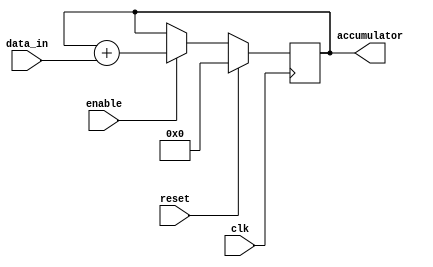
module accumulator (
    input wire clk,
    input wire reset,
    input wire enable,
    input wire [7:0] data_in,
    output reg [15:0] accumulator
);

always @(posedge clk) begin
    if (reset) begin
        accumulator <= 16'd0;
    end else if (enable) begin
        accumulator <= accumulator + data_in;
    end
end

endmodule